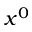
x ^ { 0 }